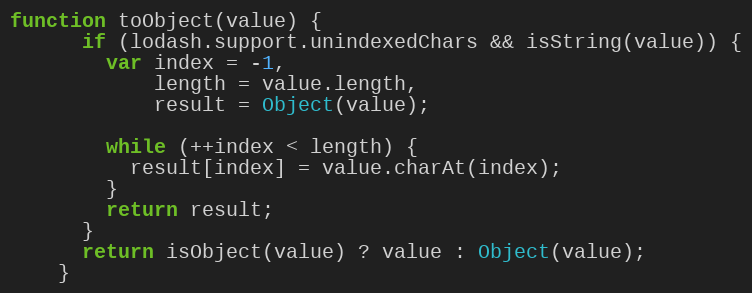
Language: JavaScript
function toObject(value) {
      if (lodash.support.unindexedChars && isString(value)) {
        var index = -1,
            length = value.length,
            result = Object(value);

        while (++index < length) {
          result[index] = value.charAt(index);
        }
        return result;
      }
      return isObject(value) ? value : Object(value);
    }